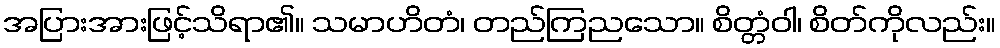
အပြားအားဖြင့်သိရာ၏။ သမာဟိတံ၊ တည်ကြညသော။ စိတ္တံဝါ၊ စိတ်ကိုလည်း။